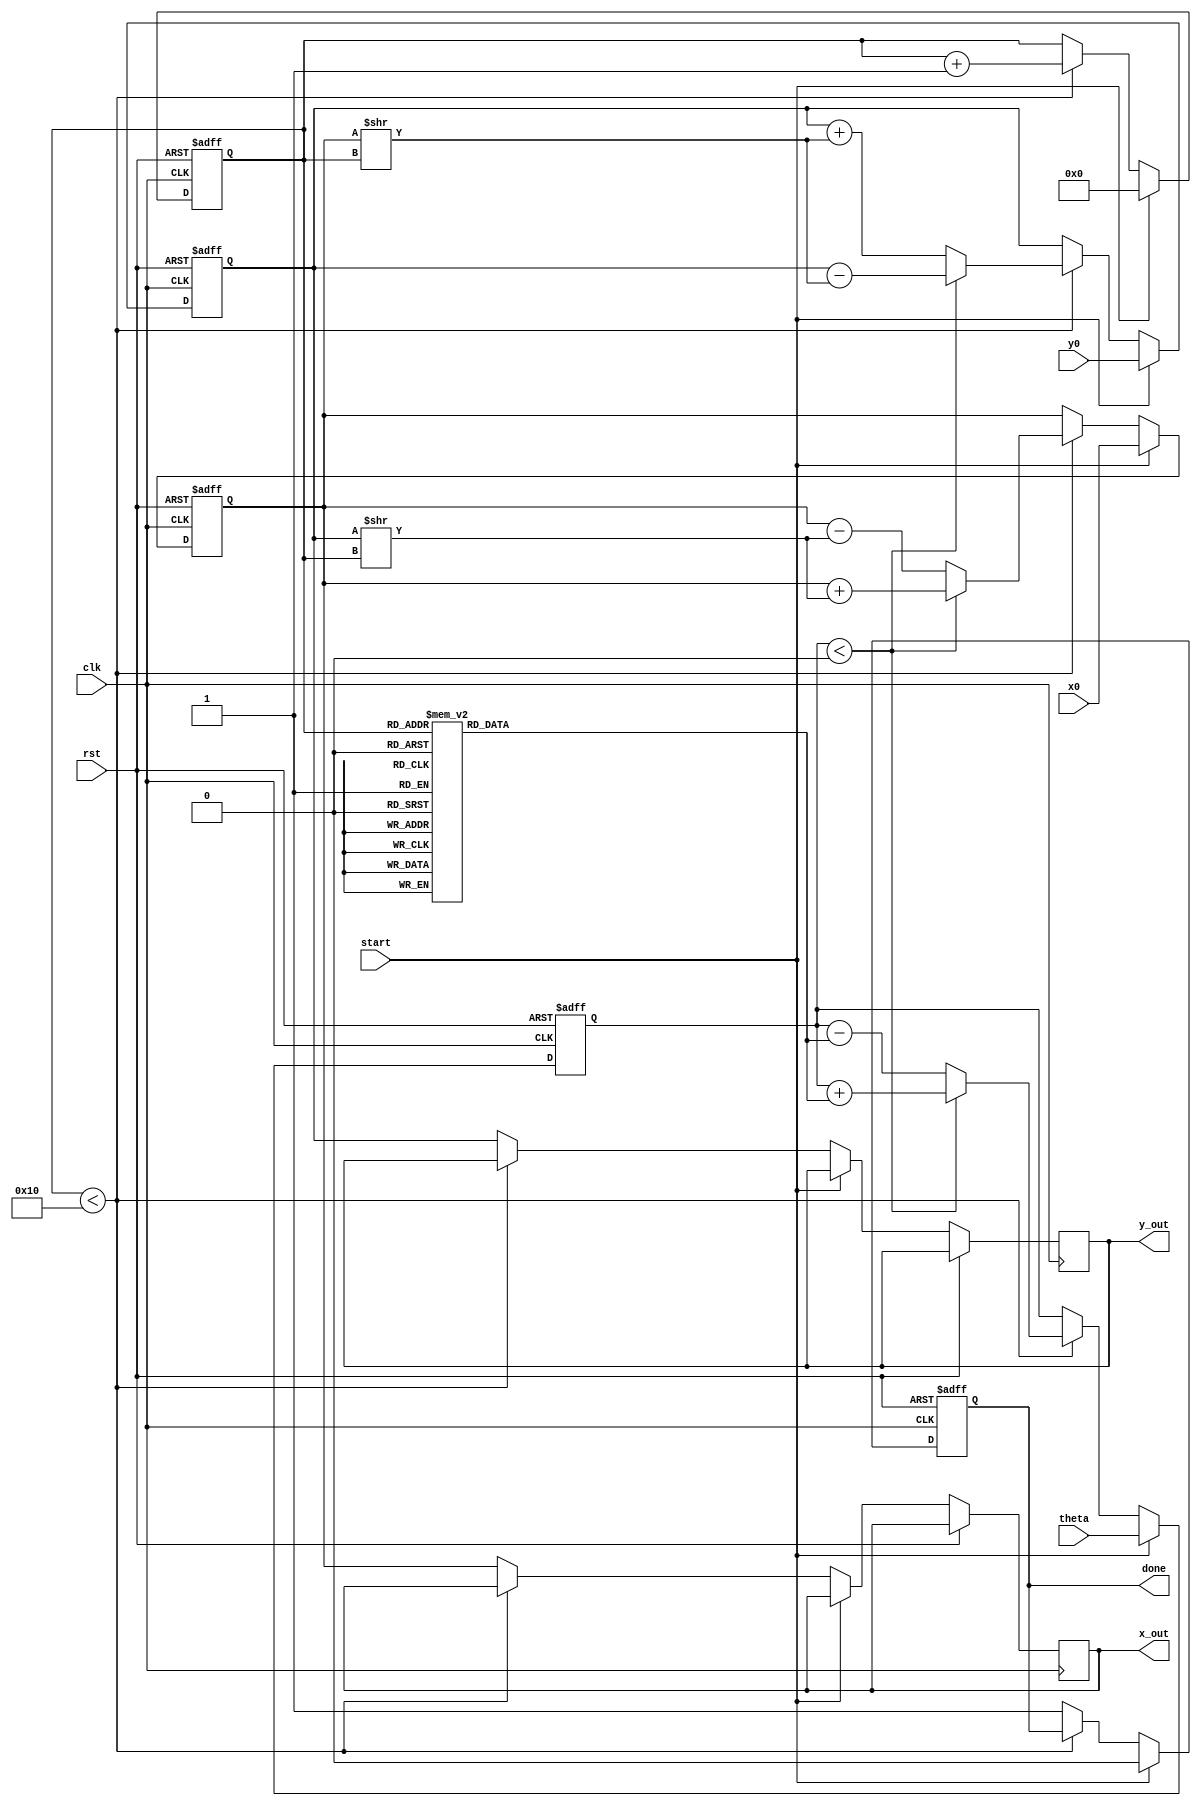
module cordic (
    input wire clk,
    input wire rst,
    input wire start,
    input wire [15:0] theta, // Angle input in fixed-point representation
    input wire [15:0] x0,    // Initial X coordinate
    input wire [15:0] y0,    // Initial Y coordinate
    output reg [15:0] x_out,  // Resulting X coordinate
    output reg [15:0] y_out,  // Resulting Y coordinate
    output reg done           // Indicates completion of computation
);

    // CORDIC parameters
    parameter NUM_ITERATIONS = 16; // Number of iterations
    reg [15:0] x_reg, y_reg, z_reg; // Registers for X, Y, Z
    reg [3:0] iteration;             // Iteration counter
    reg [15:0] atan_table [0:NUM_ITERATIONS-1]; // Lookup table for arctan(2^-i)

    // Initialize arctan values (fixed-point representation)
    initial begin
        atan_table[0] = 16'h2000; // atan(1) = 0.7854 (in fixed-point)
        atan_table[1] = 16'h1000; // atan(0.5) = 0.4636
        atan_table[2] = 16'h0800; // atan(0.25) = 0.2449
        atan_table[3] = 16'h0400; // atan(0.125) = 0.1244
        // ... Fill in the rest of the arctan values
        atan_table[4] = 16'h0200; // atan(0.0625)
        atan_table[5] = 16'h0100; // atan(0.03125)
        atan_table[6] = 16'h0080; // atan(0.015625)
        atan_table[7] = 16'h0040; // atan(0.0078125)
        atan_table[8] = 16'h0020; // atan(0.00390625)
        atan_table[9] = 16'h0010; // atan(0.001953125)
        atan_table[10] = 16'h0008; // atan(0.0009765625)
        atan_table[11] = 16'h0004; // atan(0.00048828125)
        atan_table[12] = 16'h0002; // atan(0.000244140625)
        atan_table[13] = 16'h0001; // atan(0.0001220703125)
        atan_table[14] = 16'h0000; // atan(0)
        atan_table[15] = 16'h0000; // atan(0)
    end

    // Control logic
    always @(posedge clk or posedge rst) begin
        if (rst) begin
            x_reg <= 0;
            y_reg <= 0;
            z_reg <= 0;
            iteration <= 0;
            done <= 0;
        end else if (start) begin
            x_reg <= x0;
            y_reg <= y0;
            z_reg <= theta;
            iteration <= 0;
            done <= 0;
        end else if (iteration < NUM_ITERATIONS) begin
            // CORDIC iteration
            if (z_reg < 0) begin
                // Counter-clockwise rotation
                x_reg <= x_reg + (y_reg >> iteration);
                y_reg <= y_reg - (x_reg >> iteration);
                z_reg <= z_reg + atan_table[iteration];
            end else begin
                // Clockwise rotation
                x_reg <= x_reg - (y_reg >> iteration);
                y_reg <= y_reg + (x_reg >> iteration);
                z_reg <= z_reg - atan_table[iteration];
            end
            iteration <= iteration + 1;
        end else begin
            // Output results
            x_out <= x_reg;
            y_out <= y_reg;
            done <= 1;
        end
    end

endmodule